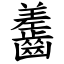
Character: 齹